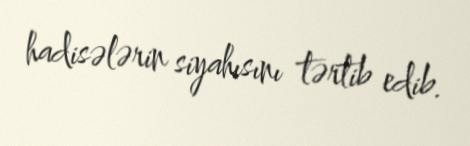
hadisələrin siyahısını tərtib edib.